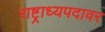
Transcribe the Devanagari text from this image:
राष्ट्राध्यपदावर